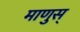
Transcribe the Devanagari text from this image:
माणुस्